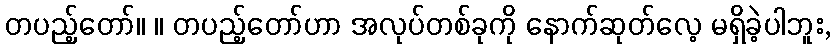
တပည့်တော်။ ။ တပည့်တော်ဟာ အလုပ်တစ်ခုကို နောက်ဆုတ်လေ့ မရှိခဲ့ပါဘူး,